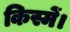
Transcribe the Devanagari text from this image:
किस्में।